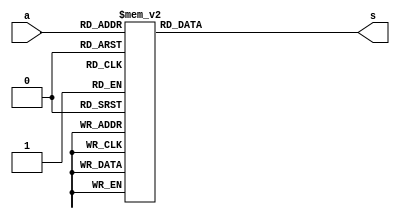
module seven_segment_display(
       input [3:0]a,
		 output reg [6:0]s
		 
);

	always @(*) begin
	case (a)
	
	4'b0000 : s=7'b1000000 ;  //0
	4'b0001 : s=7'b1111001 ;  //1
	4'b0010 : s=7'b0100100 ;  //2
	4'b0011 : s=7'b0110000 ;  //3	
	4'b0100 : s=7'b0011001 ;  //4
	4'b0101 : s=7'b0010010 ;  //5
	4'b0110 : s=7'b0000010 ;  //6
	4'b0111 : s=7'b1111000 ;  //7
	4'b1000 : s=7'b0000000 ;  //8
	4'b1001 : s=7'b0010000 ;  //9
	4'b1010 : s=7'b0001000 ; //a
        4'b1011 : s=7'b0000011 ; //b
	4'b1100 : s=7'b1000110 ;  //c
	4'b1101 : s=7'b0100001 ;  //d
	4'b1110 : s=7'b0000110 ;  //e
	4'b1111 : s=7'b0001110 ;  //f
	
	endcase 
	
	end
	
endmodule